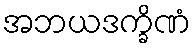
အဘယဒက္ခိဏံ